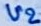
Text: U2